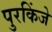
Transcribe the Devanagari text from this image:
पुरकिंजे